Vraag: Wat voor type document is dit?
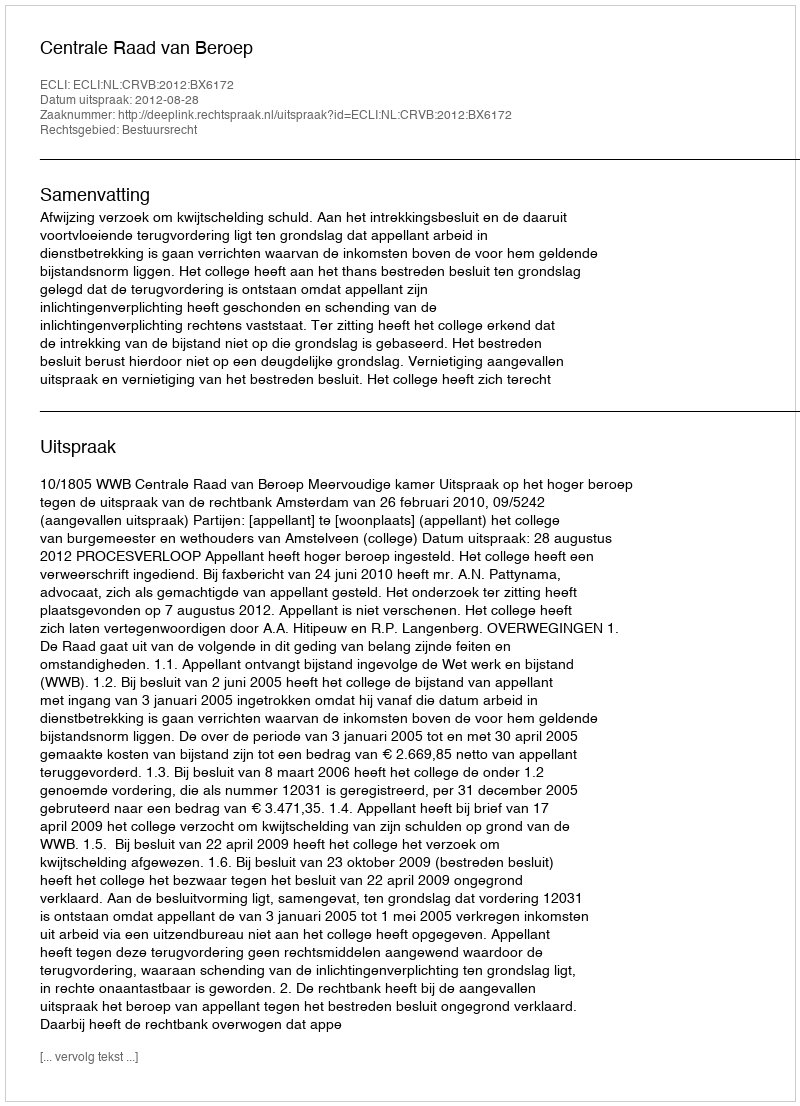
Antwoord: Uitspraak